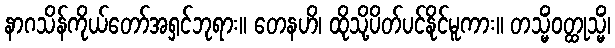
နာဂသိန်ကိုယ်တော်အရှင်ဘုရား။ တေနဟိ၊ ထိုသို့ပိတ်ပင်နိုင်မူကား။ တသ္မိံဝတ္ထုသ္မိံ၊